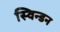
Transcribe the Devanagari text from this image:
स्विन्डन